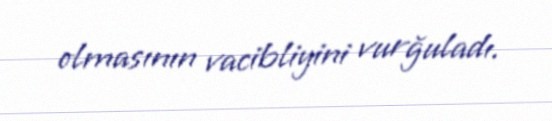
olmasının vacibliyini vurğuladı.